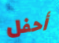
أحفل